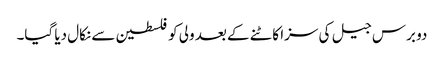
دو برس جیل کی سزا کاٹنے کے بعد ولی کو فلسطین سے نکال دیا گیا۔